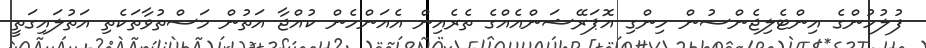
ފުލުހުންގެ އިންޓެލިޖެންސުން ހިންގި އޮޕަރޭޝަންއެއްގެ ތެރެއިން އެއަންހެން ކުއްޖާ އަތުން މަސްތުވާތަކެތި އަތުލައިގަތީ